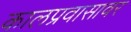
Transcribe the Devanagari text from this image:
कालप्रवासावर